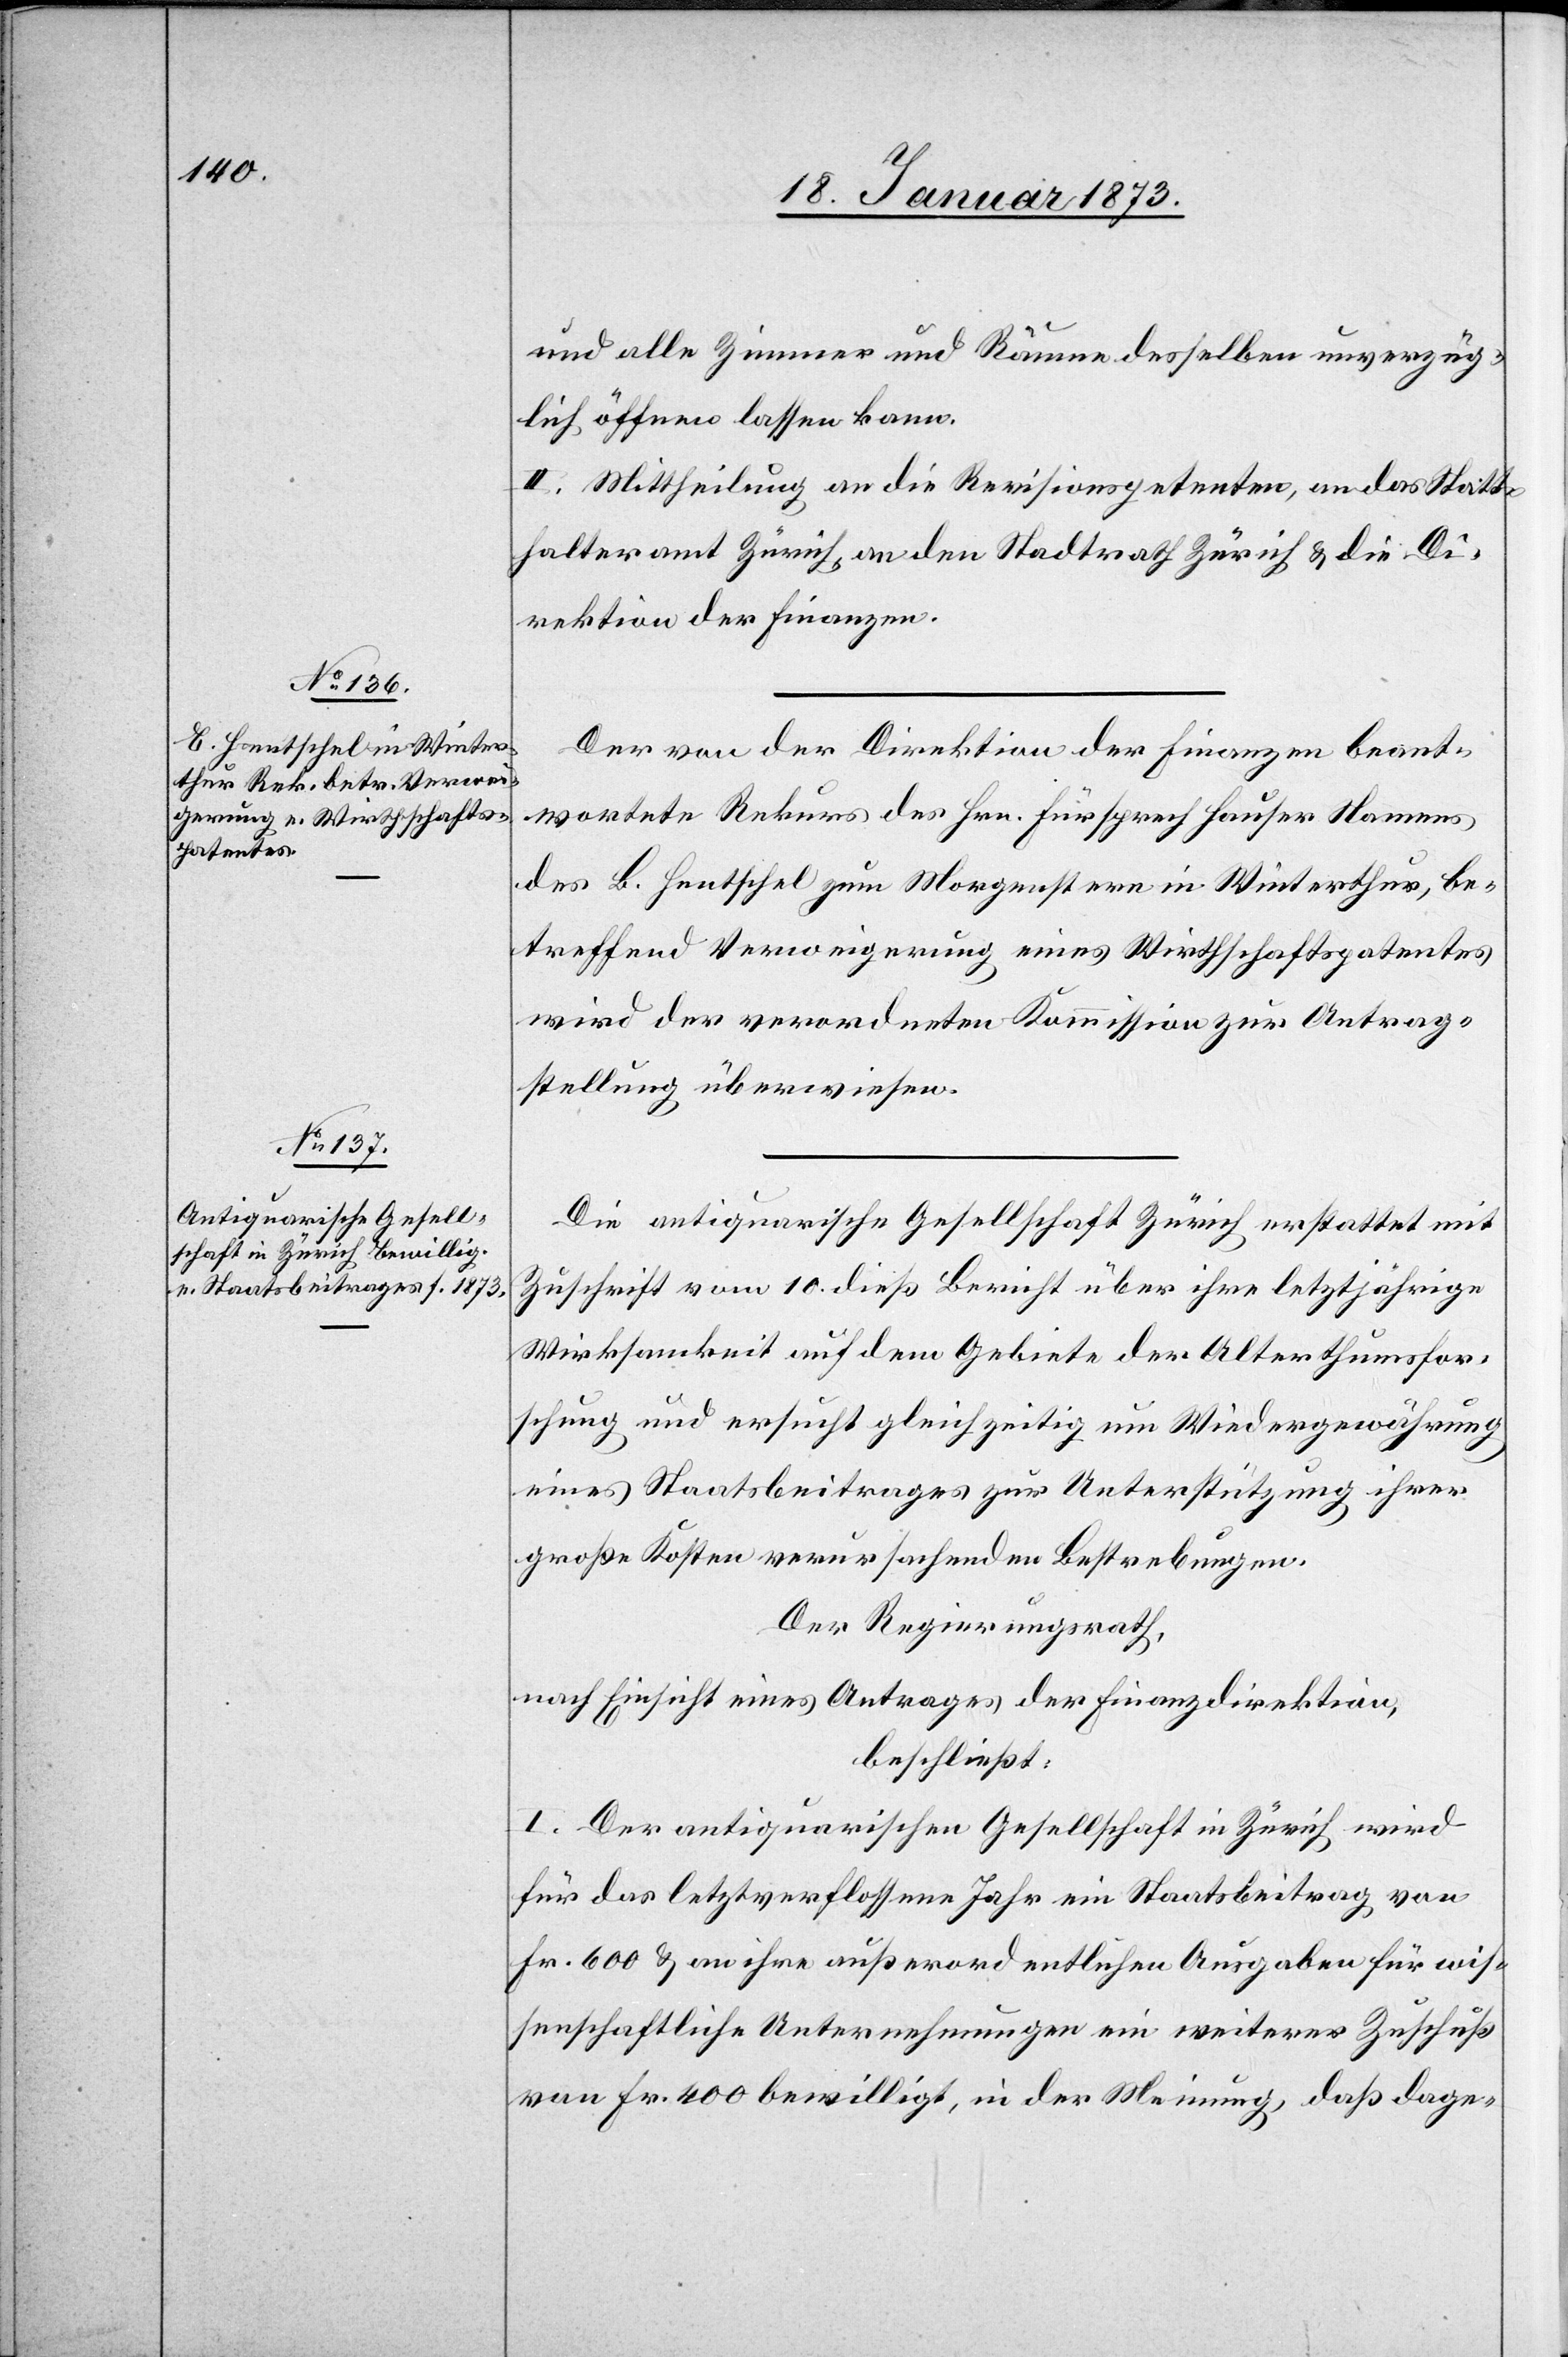
und alle Zimmer und Räume desselben unverzüg¬
lich öffnen lassen kann.
Mittheilung an die Revisionspetenten, an das Statt¬
halteramt Zürich, an den Stadtrath Zürich u. die Di¬
rektion der Finanzen.
Der von der Direktion der Finanzen beant¬
wortete Rekurs des Hrn. Fürsprech Hauser Namens
des B. Hentschel zum Morgenstern in Winterthur, be¬
treffend Verweigerung eines Wirthschaftspatentes
wird der verordneten Kommission zur Antrag¬
stellung überwiesen.
Die antiquarische Gesellschaft Zürich erstattet mit
Zuschrift vom 10. dieß Bericht über ihre letztjährige
Wirksamkeit auf dem Gebiete der Alterthumsfor¬
schung und ersucht gleichzeitig um Wiedergewährung
eines Staatsbeitrages zur Unterstützung ihrer
großen Kosten verursachenden Bestrebungen.
Der Regierungsrath,
nach Einsicht eines Antrages der Finanzdirektion,
beschließt:
I. Der antiquarischen Gesellschaft in Zürich wird
für das letztverflossene Jahr ein Staatsbeitrag von
Fr. 600 u. an ihre außerordentlichen Ausgaben für wis¬
senschaftliche Unternehmungen ein weiterer Zuschuß
von Fr. 400 bewilligt, in der Meinung, daß dage-